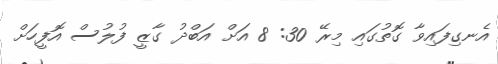
އެނގިފައިވާ ގޮތުގައި މިރޭ 30: 8 އަށް އަބްދު ގާޒީ ފުލުސް އޮފީހަށް